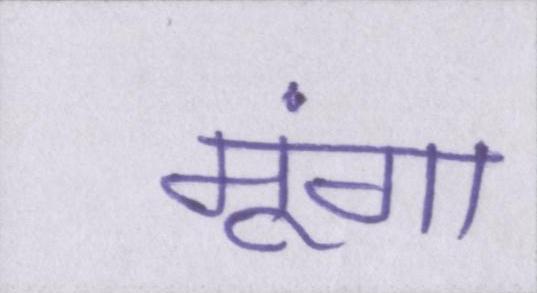
मूंगा